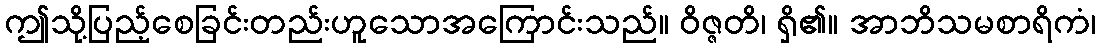
ဤသို့ပြည့်စေခြင်းတည်းဟူသောအကြောင်းသည်။ ဝိဇ္ဇတိ၊ ရှိ၏။ အာဘိသမစာရိကံ၊